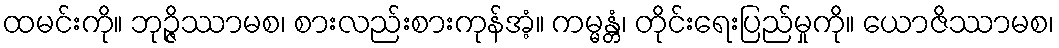
ထမင်းကို။ ဘုဉ္ဇိဿာမစ၊ စားလည်းစားကုန်အံ့။ ကမ္မန္တံ၊ တိုင်းရေးပြည်မှုကို။ ယောဇိဿာမစ၊